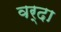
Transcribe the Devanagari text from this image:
वर्दा